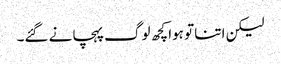
لیکن اتنا تو ہوا کچھ لوگ پہچانے گئے۔